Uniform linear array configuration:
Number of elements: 24
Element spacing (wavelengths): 0.25
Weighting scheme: cosine
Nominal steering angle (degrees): -30
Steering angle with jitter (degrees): -30.258
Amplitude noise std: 0.05
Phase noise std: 0.05

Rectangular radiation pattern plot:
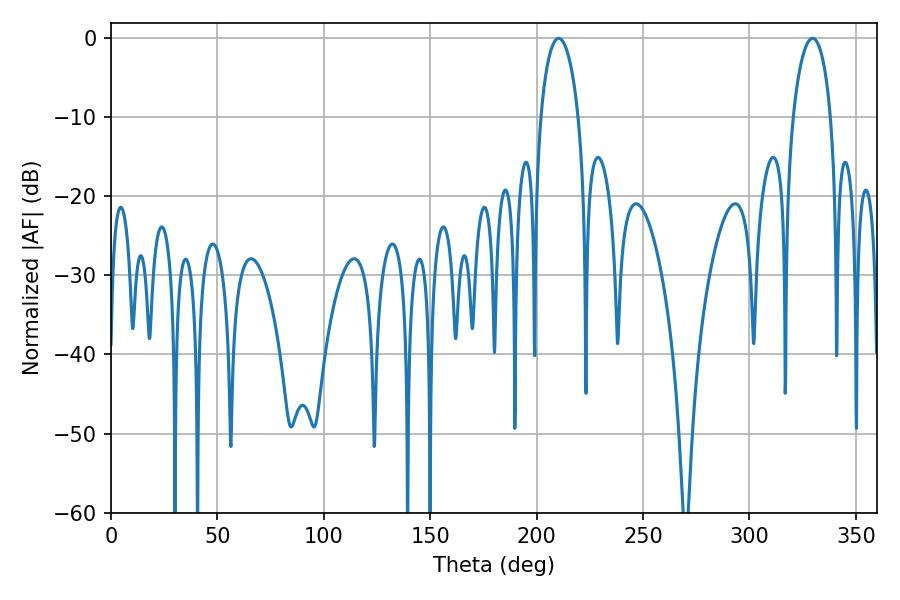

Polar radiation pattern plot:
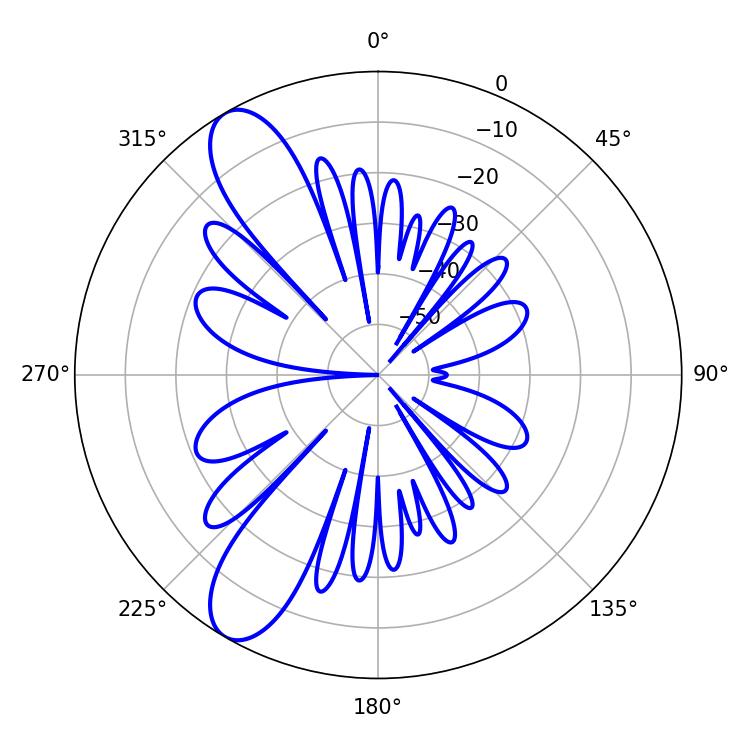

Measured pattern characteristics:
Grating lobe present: FALSE
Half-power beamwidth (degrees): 10.08
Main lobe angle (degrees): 210.42